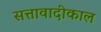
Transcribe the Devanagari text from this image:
सत्तावादीकाल